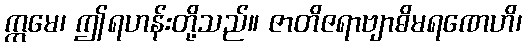
ဣမေ၊ ဤရဟန်းတို့သည်။ ဇာတိဇရာဗျာဓိမရဏေဟိ၊